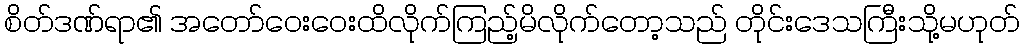
စိတ်ဒဏ်ရာ၏ အတော်ဝေးဝေးထိလိုက်ကြည့်မိလိုက်တော့သည် တိုင်းဒေသကြီးသို့မဟုတ်